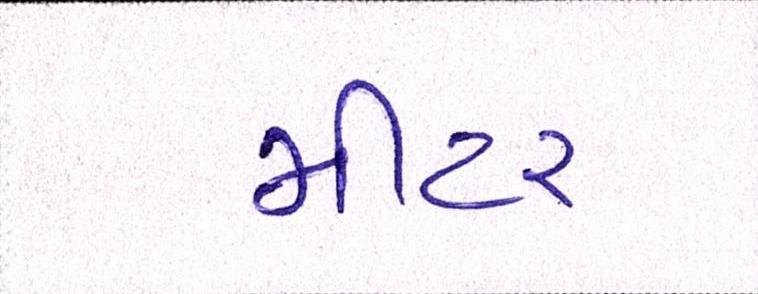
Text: મીટર